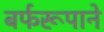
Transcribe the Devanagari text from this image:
बर्फरूपाने